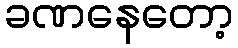
ခဏနေတော့